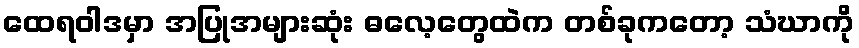
ထေရဝါဒမှာ အပြုအများဆုံး ဓလေ့တွေထဲက တစ်ခုကတော့ သံဃာကို